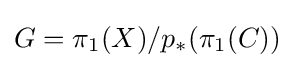
G=\pi _{1}(X)/p_{*}(\pi _{1}(C))